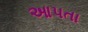
આપતા